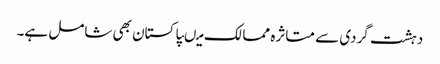
دہشت گردی سے متاثرہ ممالک میںپاکستان بھی شامل ہے۔